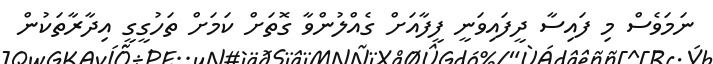
ނަމަވެސް މި ފައިސާ ދީފައިވަނީ ފީފާއަށް ގެއްލުންވާ ގޮތަށް ކަމަށް ތަހުގީގީ އިދާރާތަކުން